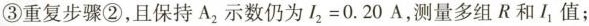
③重复步骤②，且保持A_{2}示数仍为$$I_{2}=0.20A$$，测量多组R和I_{1}值；